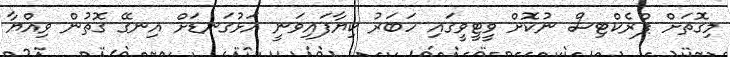
މިގޮތަށް ޕްރެކްޓިސް ނުކޮށް ވީޓީވީގައި ހަބަރު ކިޔާފައިވަނީ އަޅުގަނޑަށް އިނގޭ ގޮތުން ވިއްޔާ